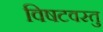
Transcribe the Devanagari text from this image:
विषटवस्तु